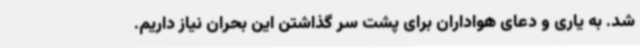
شد. به یاری و دعای هواداران برای پشت سر گذاشتن این بحران نیاز داریم.